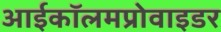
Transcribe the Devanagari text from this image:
आईकॉलमप्रोवाइडर